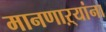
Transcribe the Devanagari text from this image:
मानणाऱ्यांना